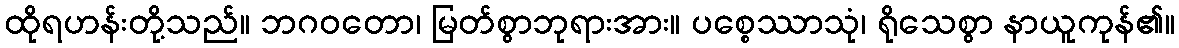
ထိုရဟန်းတို့သည်။ ဘဂဝတော၊ မြတ်စွာဘုရားအား။ ပစ္စေဿာသုံ၊ ရိုသေစွာ နာယူကုန်၏။